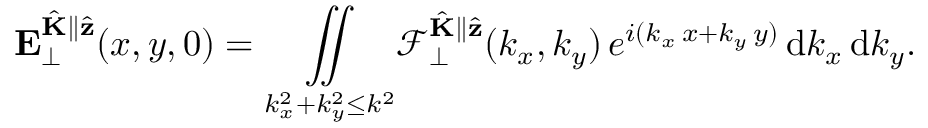
\mathbf { E } _ { \perp } ^ { \hat { \mathbf { K } } \parallel \hat { \mathbf { z } } } ( x , y , 0 ) = \underset { k _ { x } ^ { 2 } + k _ { y } ^ { 2 } \leq k ^ { 2 } } { \iint } \mathcal { F } _ { \perp } ^ { \hat { \mathbf { K } } \parallel \hat { \mathbf { z } } } ( k _ { x } , k _ { y } ) \, e ^ { i ( k _ { x } \, x + k _ { y } \, y ) } \, \mathrm { d } k _ { x } \, \mathrm { d } k _ { y } .